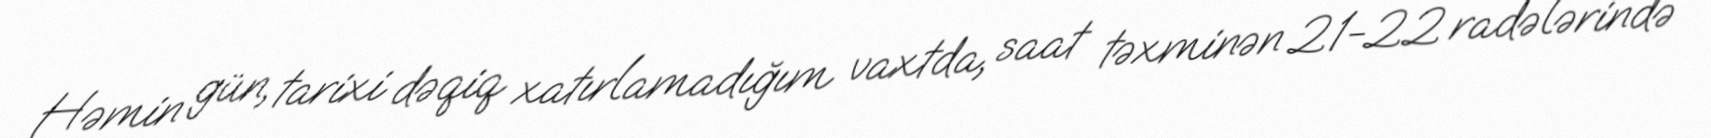
Həmin gün, tarixi dəqiq xatırlamadığım vaxtda, saat təxminən 21-22 radələrində